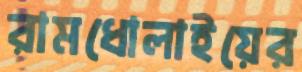
রামধোলাইয়ের